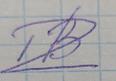
Signature authenticity: forged